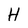
Character: H